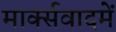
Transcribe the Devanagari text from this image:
मार्क्सवादमें